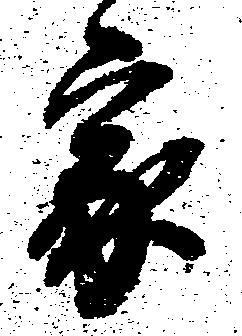
家